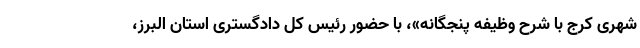
شهری کرج با شرح وظیفه پنجگانه»، با حضور رئیس کل دادگستری استان البرز،